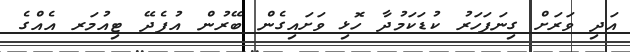
އަދި ވަރަށް ގިނަފަހަރު ކުޑަކަމުދާ ހޮޅި ވަށައިގެން ބޭރުން އުފެދޭ ޓިއުމަރ އެއްގެ